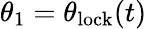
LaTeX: \theta_{1}=\theta_{\mathrm{lock}}(t)